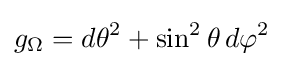
g_{\Omega }=d\theta ^{2}+\sin ^{2}\theta \,d\varphi ^{2}